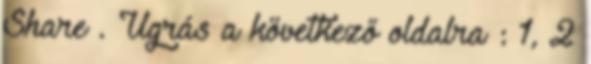
Share . Ugrás a következő oldalra : 1, 2